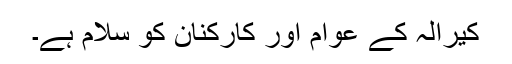
کیرالہ کے عوام اور کارکنان کو سلام ہے۔